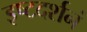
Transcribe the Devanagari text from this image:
इष्टदर्शनं